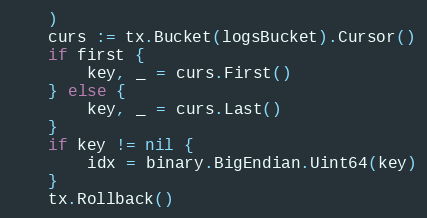
Language: Go
	)
	curs := tx.Bucket(logsBucket).Cursor()
	if first {
		key, _ = curs.First()
	} else {
		key, _ = curs.Last()
	}
	if key != nil {
		idx = binary.BigEndian.Uint64(key)
	}
	tx.Rollback()